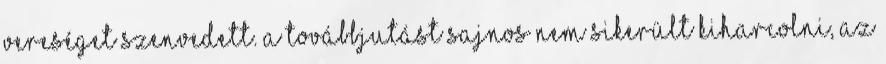
vereséget szenvedett. A továbbjutást sajnos nem sikerült kiharcolni, az